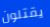
يقتلون